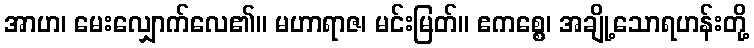
အာဟ၊ မေးလျှောက်လေ၏။ မဟာရာဇ၊ မင်းမြတ်။ ဧကစ္စေ၊ အချို့သောရဟန်းတို့